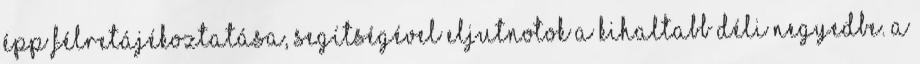
épp félretájékoztatása, segítségével eljutnotok a kihaltabb déli negyedbe. A